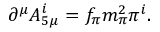
\begin{array} { r } { \partial ^ { \mu } A _ { 5 \mu } ^ { i } = f _ { \pi } m _ { \pi } ^ { 2 } \pi ^ { i } . } \end{array}